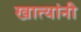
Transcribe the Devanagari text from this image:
खात्यांनी